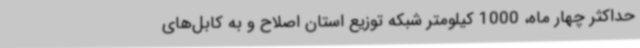
حداکثر چهار ماه، 1000 کیلومتر شبکه توزیع استان اصلاح و به کابل‌های